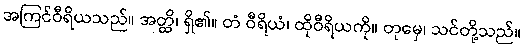
အကြင်ဝီရိယသည်။ အတ္ထိ၊ ရှိ၏။ တံ ဝီရိယံ၊ ထိုဝီရိယကို။ တုမှေ၊ သင်တို့သည်။